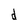
Character: d